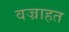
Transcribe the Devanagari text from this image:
वज्राहत